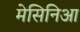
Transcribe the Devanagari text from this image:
मेसिनिआ